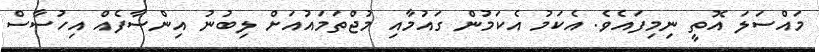
މައްސަލަ އޮތީ ނިމިފައެވެ. އެކަމު އެކަމުން ގައުމާއި މުޖްތަމައުއަށް ލިބުނު އިންސާފެއް އިހުސާސް